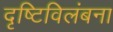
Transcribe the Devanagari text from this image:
दृष्टिविलंबना